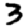
Digit: 3